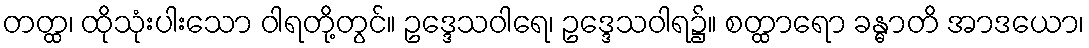
တတ္ထ၊ ထိုသုံးပါးသော ဝါရတို့တွင်။ ဥဒ္ဒေသဝါရေ၊ ဥဒ္ဒေသဝါရ၌။ စတ္ထာရော ခန္ဓာတိ အာဒယော၊